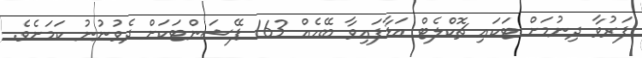
ފަރުވާ ދިނުމަށް ޓަކައި ޗޮކްލެޓް އަޅާފައިވާ ބޭހެއް 163 ޕޭޝަންޓަކަށް ދެވުނުނު ކަމަށެވެ.